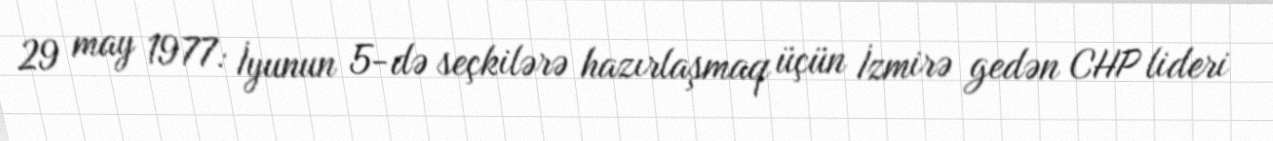
29 may 1977: İyunun 5-də seçkilərə hazırlaşmaq üçün İzmirə gedən CHP lideri